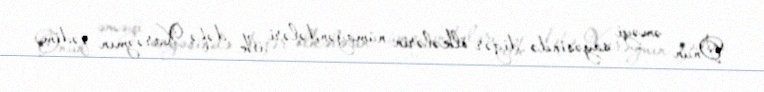
Onun əməyi sayəsində digər ölkələrin nümayəndələri ilk dəfə Xarəzmın qədim